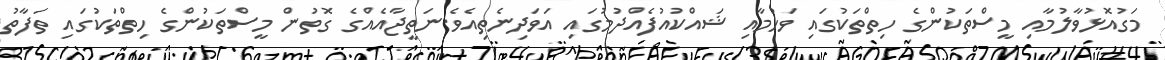
މަގުއޮޅުވާލުމާއި މީސްތަކުންގެ ހިތްތަކުގައި ވަހުމާއި ޝައްކުއުފެއްދުމުގައި އަވަދިނެތިއެވެ.ނަތީޖާއެއްގެ ގޮތުން މީސްތަކުންގެ ހިތްތަކުގައި ތަފާތު